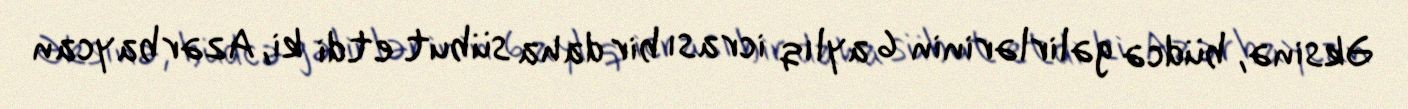
Əksinə, büdcə gəlirlərinin 6 aylıq icrası bir daha sübut etdi ki, Azərbaycan